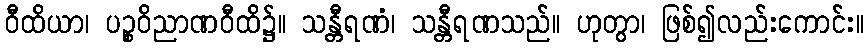
ဝီထိယာ၊ ပဉ္စဝိညာဏဝီထိ၌။ သန္တီရဏံ၊ သန္တီရဏသည်။ ဟုတွာ၊ ဖြစ်၍လည်းကောင်း။